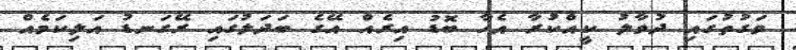
ވަގުތުގައި ދުވާލު ކީއްކުރާ އެހާ ބޮޑު އިރެއް އޭގެ ބަދަލުގައި ރޭގަނޑު އަލިކަމެއް